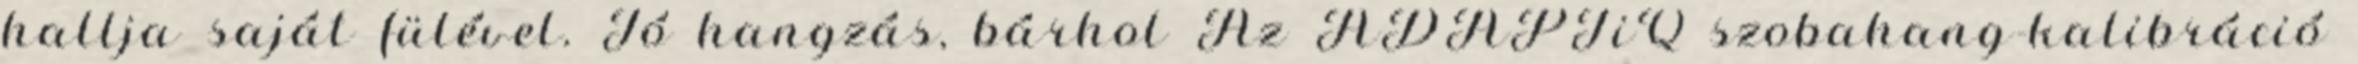
hallja saját fülével. Jó hangzás, bárhol Az ADAPTiQ szobahang-kalibráció